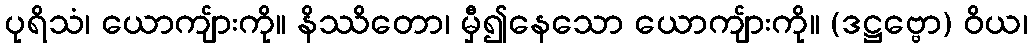
ပုရိသံ၊ ယောကျ်ားကို။ နိဿိတော၊ မှီ၍နေသော ယောကျ်ားကို။ (ဒဋ္ဌဗ္ဗော) ဝိယ၊